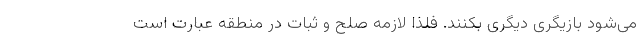
می‌شود بازیگری دیگری بکنند. فلذا لازمه صلح و ثبات در منطقه عبارت است